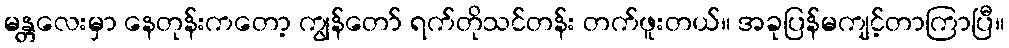
မန္တလေးမှာ နေတုန်းကတော့ ကျွန်တော် ရက်တိုသင်တန်း တက်ဖူးတယ်။ အခုပြန်မကျင့်တာကြာပြီ။